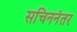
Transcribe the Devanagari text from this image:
सचिननंतर